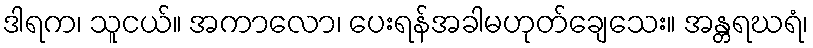
ဒါရက၊ သူငယ်။ အကာလော၊ ပေးရန်အခါမဟုတ်ချေသေး။ အန္တရဃရံ၊